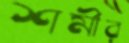
শর্মীর